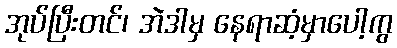
အုပ်ပြီးတင်၊ အဲဒါမှ နေရာဆံ့မှာပေါ့ကွ